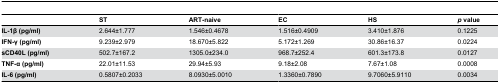
|  | ST | ART-naive | EC | HS | p value |
 | --- | --- | --- | --- | --- | --- |
 | IL-1β (pg/ml) | 2.644±1.777 | 1.546±0.4678 | 1.516±0.4909 | 3.410±1.876 | 0.1225 |
 | IFN-γ (pg/ml) | 9.239±2.979 | 18.670±5.822 | 5.172±1.269 | 30.86±16.37 | 0.0224 |
 | sCD40L (pg/ml) | 502.7±167.2 | 1305.0±234.0 | 968.7±252.4 | 601.3±173.8 | 0.0127 |
 | TNF-α (pg/ml) | 22.01±11.53 | 29.94±5.93 | 9.18±2.08 | 7.67±1.08 | 0.0008 |
 | IL-6 (pg/ml) | 0.5807±0.2033 | 8.0930±5.0010 | 1.3360±0.7890 | 9.7060±5.9110 | 0.0034 |